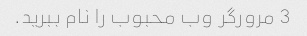
3 مرورگر وب محبوب را نام ببرید.